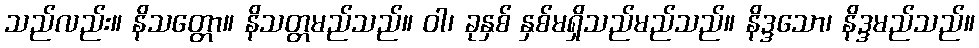
သည်လည်း။ နိသတ္တော။ နိသတ္တမည်သည်။ ဝါ၊ ခုနှစ် နှစ်မရှိသည်မည်သည်။ နိဒ္ဒသော၊ နိဒ္ဒမည်သည်။